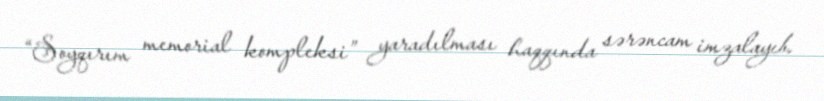
“Soyqırım memorial kompleksi” yaradılması haqqında sərəncam imzalayıb.